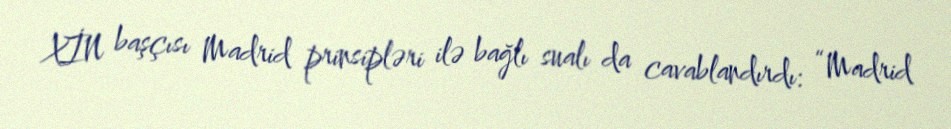
XİN başçısı Madrid prinsipləri ilə bağlı sualı da cavablandırdı: “Madrid